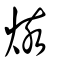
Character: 烗